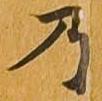
乃